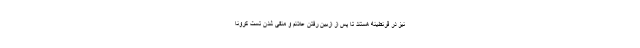
نیز در قرنطینه هستند تا پس از ازبین رفتن علائم و منفی شدن تست کرونا